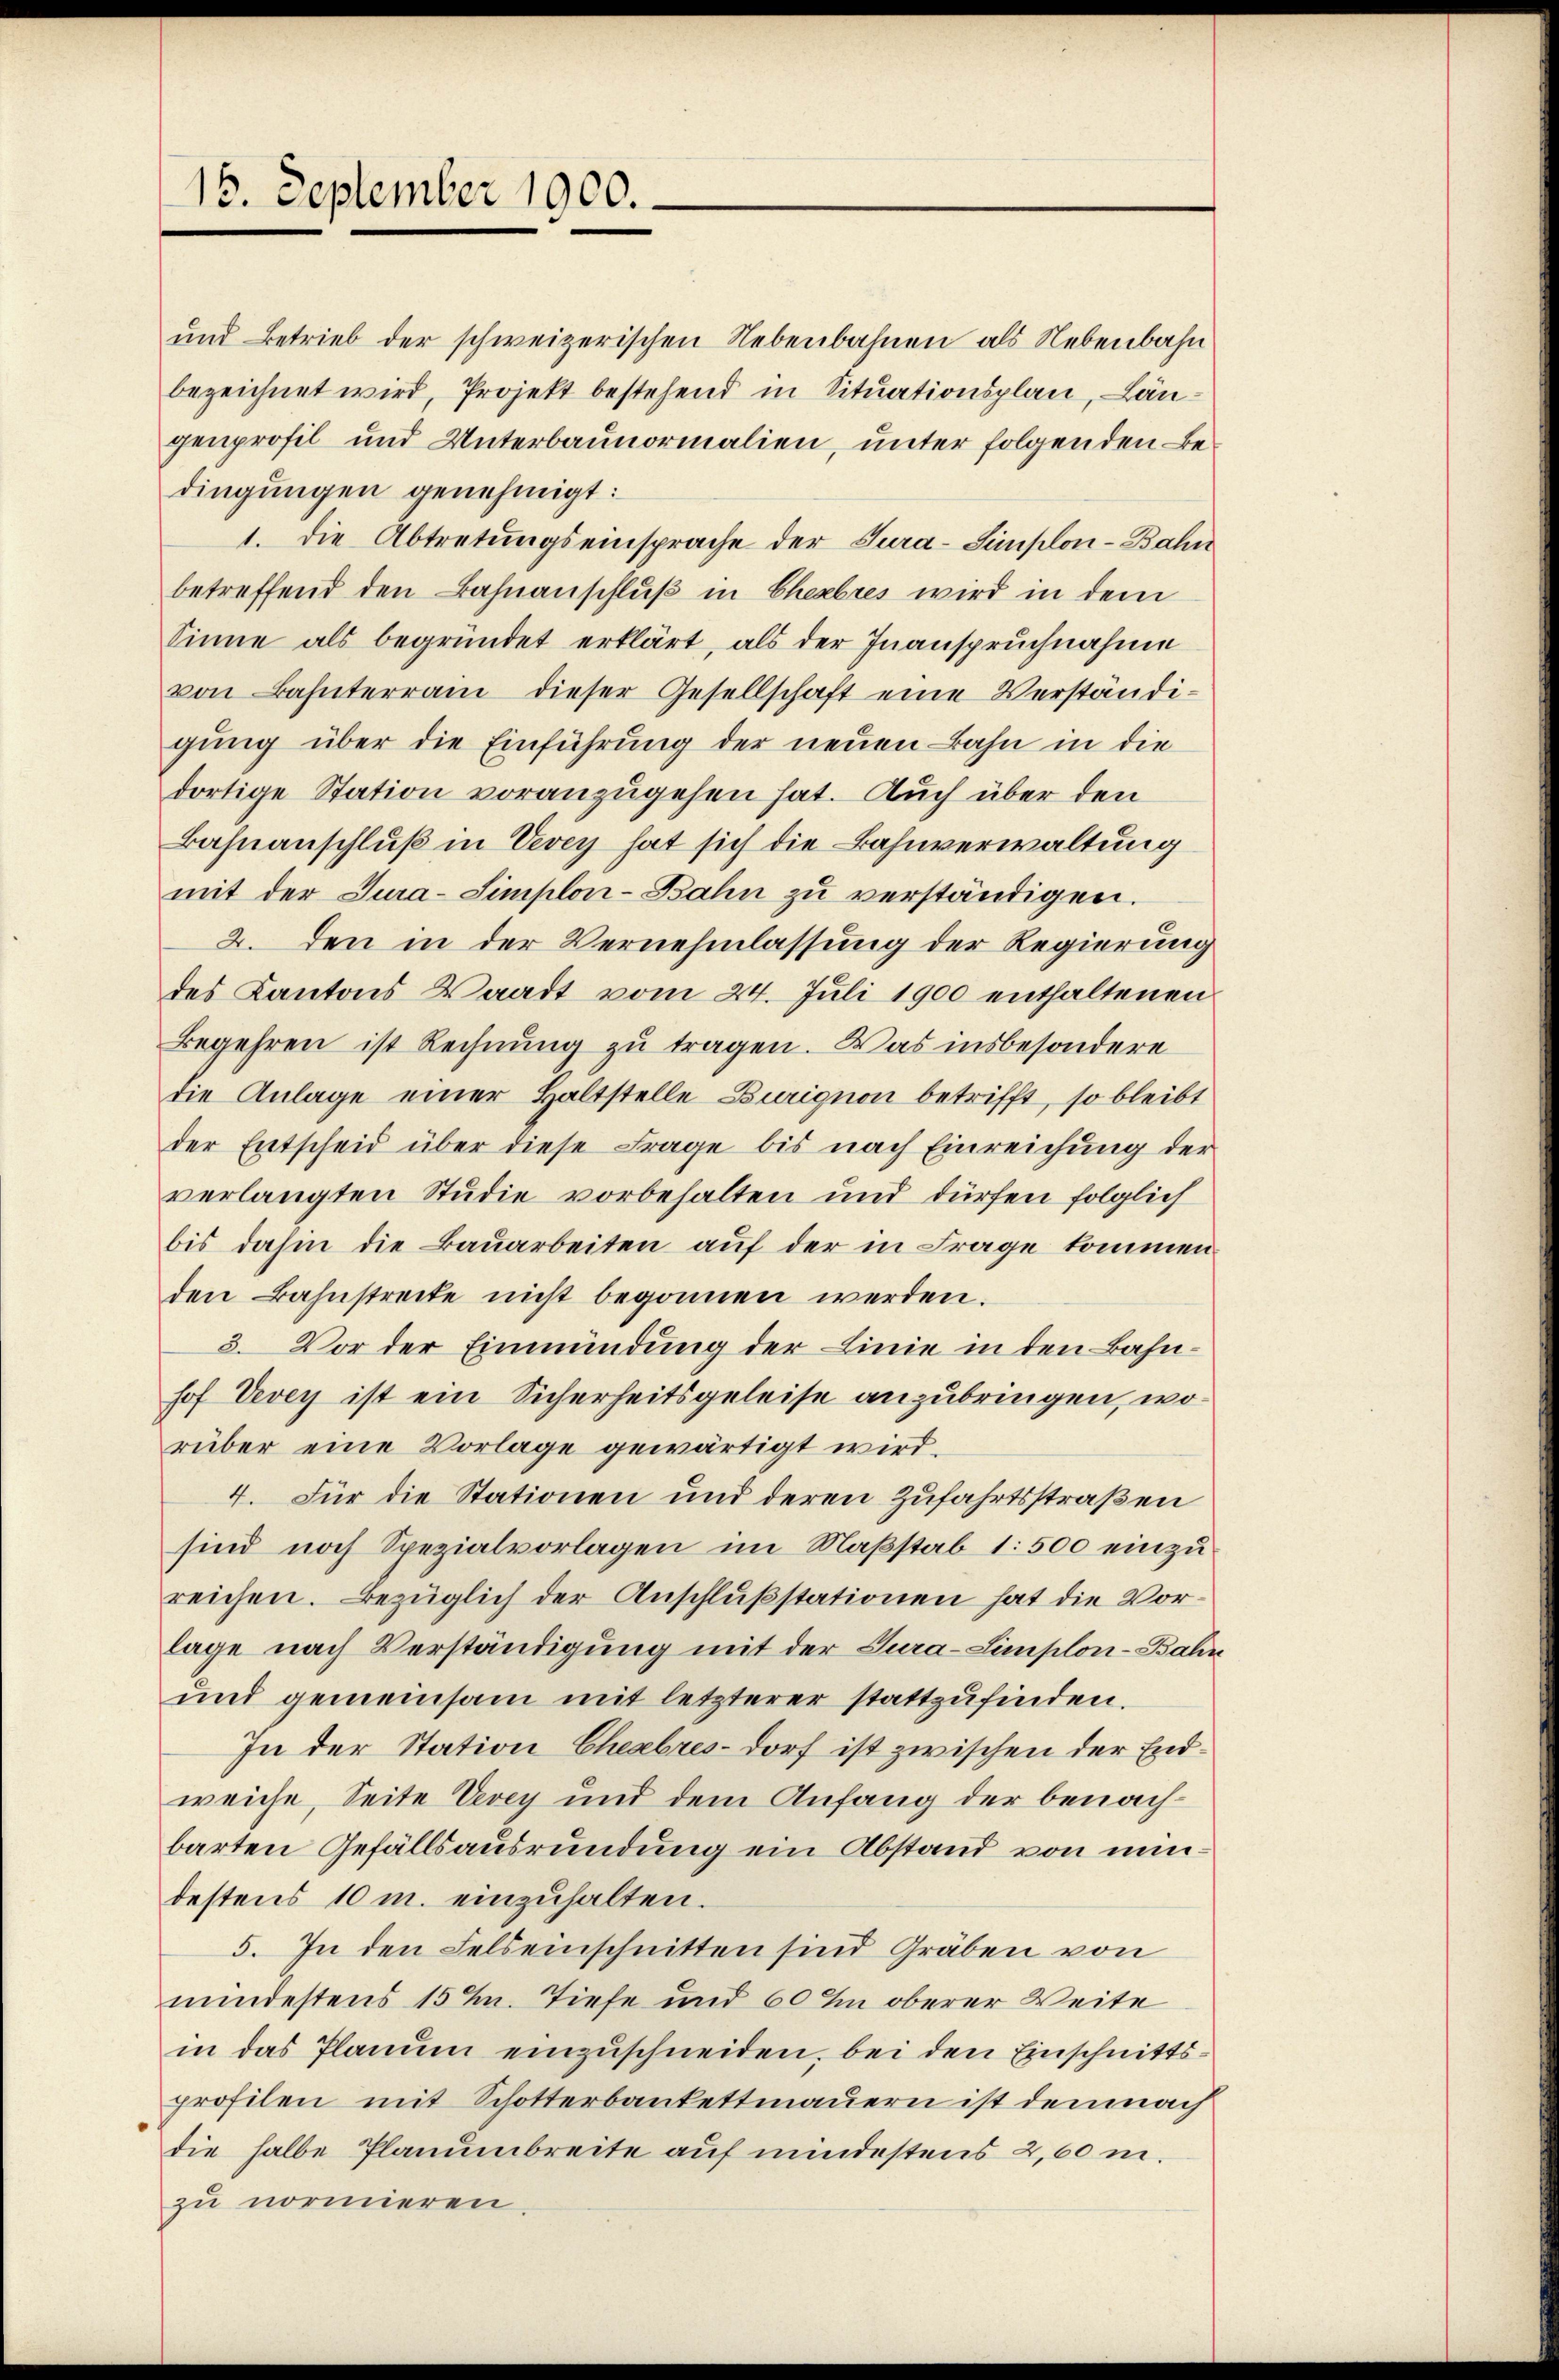
15. September 1900.

und Betrieb der schweizerischen Nebenbahnen als Nebenbahn
bezeichnet wird, Projekt bestehend in Situationsplan, Längenprofil und Unterbaunormalien, unter folgenden Bedingungen genehmigt:
1. die Abtretungseinsprache der Tura-Simplon-Bahn
betreffend den Bahnanschluß in Ehebres wird in dem
Sinne als begründet erklärt, als der Inanspruchnahme
von Bahnterrain dieser Gesellschaft eine Verständigung über die Einführung der neuen Bahn in die
dortige Station voranzugehen hat. Auch über den
Bahnanschluß in Vevey hat sich die Bahnverwaltung
mit der Jura-Simplon-Bahn zŭ verständigen.
2. den in der Vernehmlassung der Regierung
des Kantons Waadt vom 24. Juli 1900 enthaltenen
Begehren ist Rechnung zu tragen. Was insbesondere
die Anlage einer Haltstelle Burignon betrifft, so bleibt
der Entscheid über diese Frage bis nach Einreichung der
verlangten Studie vorbehalten und dürfen folglich
bis dahin die Bauarbeiten auf der in Frage kommenden Bahnstrecke nicht begonnen werden.
3. Vor der Einmündung der Linie in den Bahnhof Vevey ist ein Sicherheitsgeleise anzubringen, worüber eine Vorlage gewärtigt wird.
4. Für die Stationen und deren Zufahrtsstraßen
sind noch Spezialvorlagen im Maßstab 1: 500 einzureichen. Bezüglich der Anschlußstationen hat die Vorlage nach Verständigung mit der Tura-Limplon-Bahn
und gemeinsam mit letzterer stattzufinden.
In der Station Eheabres-Dorf ist zwischen der Endweiche, Seite Vevey und dem Anfang der benachbarten Gefällsausrundung ein Abstand von mindestens 10 m. einzuhalten.
5. In den Felseinschnitten sind Gräben von
mindestens 15 %. Tiefe und 60 In oberer Weite
in das Planum einzuschneiden, bei den Einschnittsprofilen mit Schotterbankettmauern ist demnach
die halbe Planumbreite auf mindestens 2,60 m.
zu normieren.